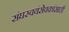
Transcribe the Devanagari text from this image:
संघस्वयंसेवकांसाठी